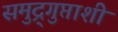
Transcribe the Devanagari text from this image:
समुद्र्गुप्ताशी